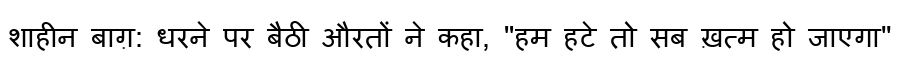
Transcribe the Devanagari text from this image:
शाहीन बाग़: धरने पर बैठी औरतों ने कहा, "हम हटे तो सब ख़त्म हो जाएगा''